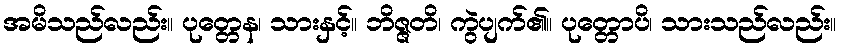
အမိသည်လည်း။ ပုတ္တေန၊ သားနှင့်။ ဘိဇ္ဇတိ၊ ကွဲပျက်၏။ ပုတ္တောပိ၊ သားသည်လည်း။